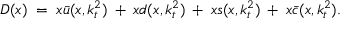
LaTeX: D ( x ) \; = \; x \bar { u } ( x , k _ { t } ^ { 2 } ) \: + \: x d ( x , k _ { t } ^ { 2 } ) \: + \: x s ( x , k _ { t } ^ { 2 } ) \: + \: x \bar { c } ( x , k _ { t } ^ { 2 } ) .